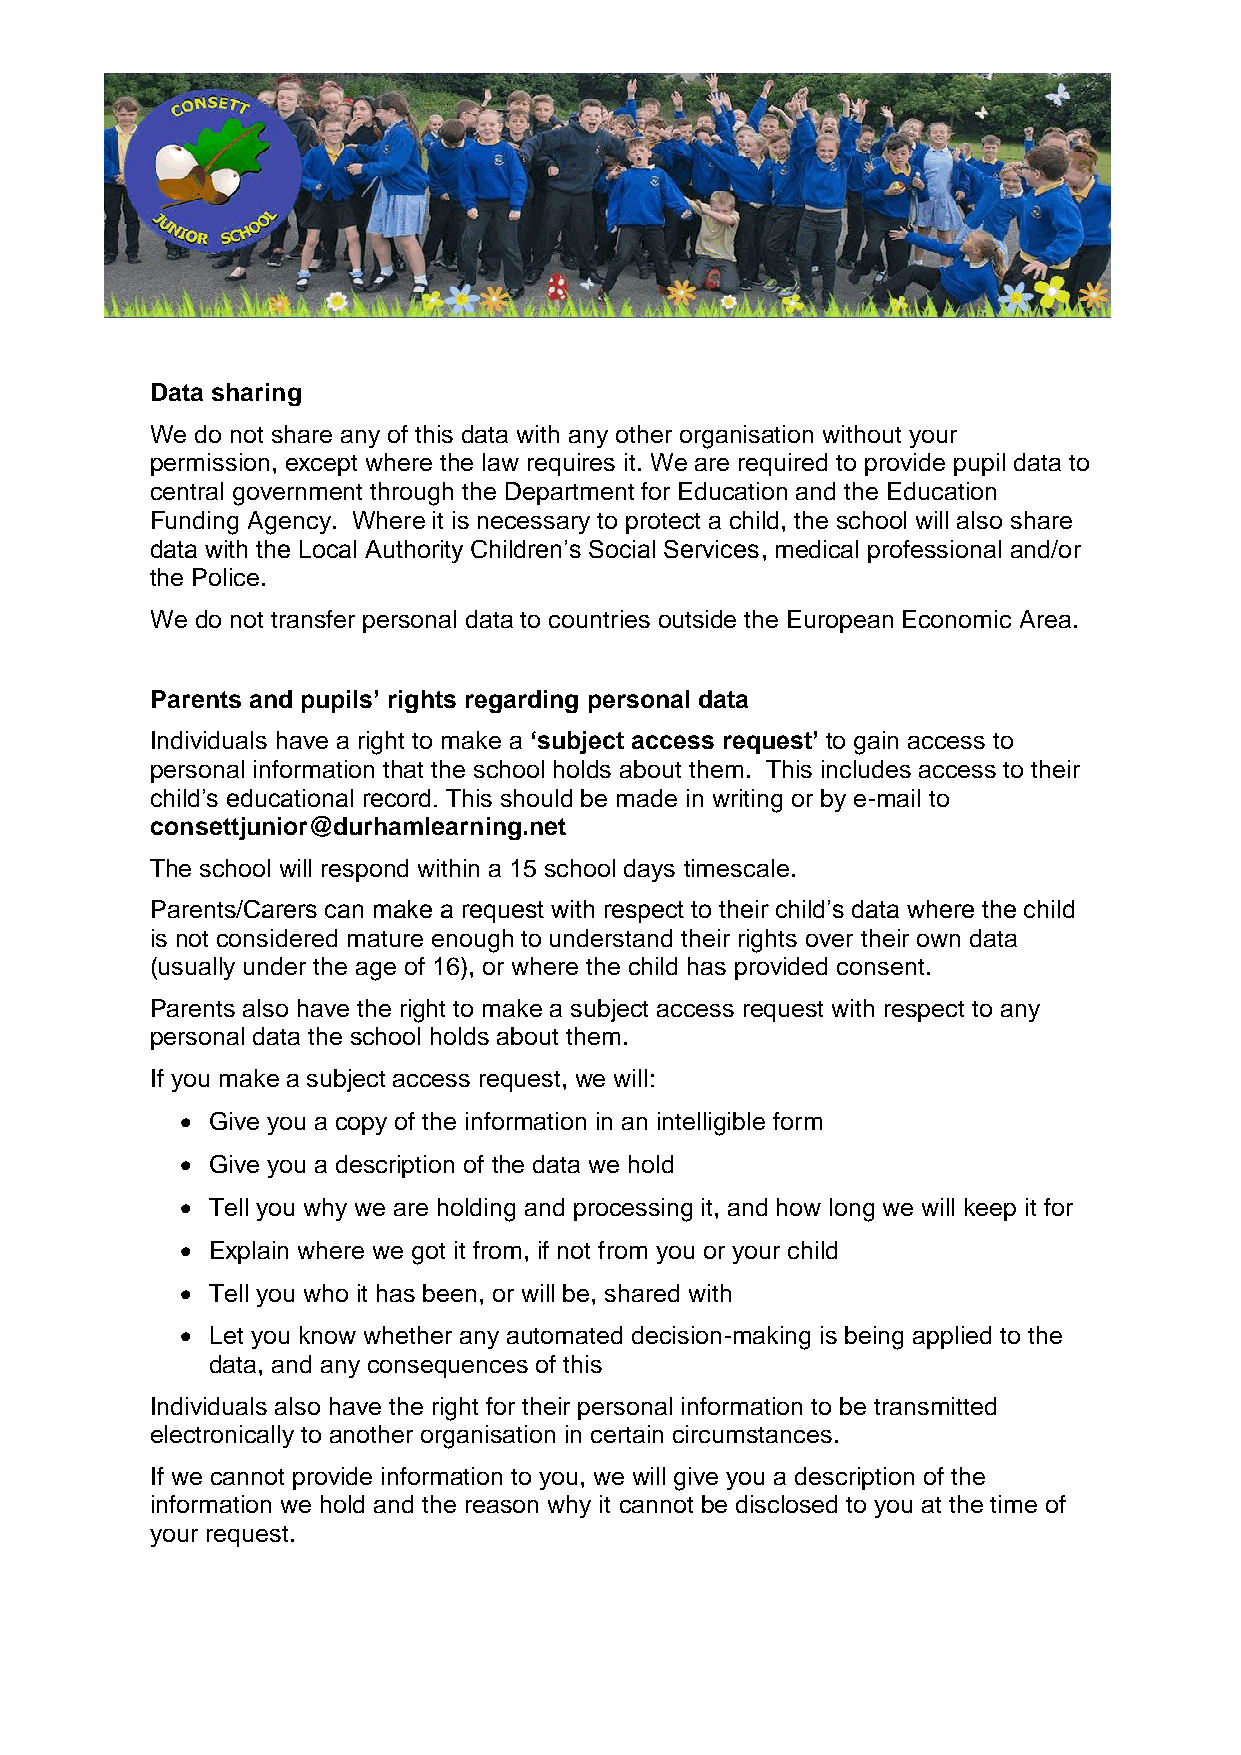
Data sharing
 We do not share any of this data with any other organisation without your
 permission, except where the law requires it. We are required to provide pupil data to
 central government through the Department for Education and the Education
 Funding Agency. Where it is necessary to protect a child, the school will also share
 data with the Local Authority Children’s Social Services, medical professional and/or
 the Police.
 We do not transfer personal data to countries outside the European Economic Area.
 Parents and pupils’ rights regarding personal data
 Individuals have a right to make a ‘subject access request’ to gain access to
 personal information that the school holds about them. This includes access to their
 child’s educational record. This should be made in writing or by e-mail to
 consettjunior@durhamlearning.net
 The school will respond within a 15 school days timescale.
 Parents/Carers can make a request with respect to their child’s data where the child
 is not considered mature enough to understand their rights over their own data
 (usually under the age of 16), or where the child has provided consent.
 Parents also have the right to make a subject access request with respect to any
 personal data the school holds about them.
 If you make a subject access request, we will:
  Give you a copy of the information in an intelligible form
  Give you a description of the data we hold
  Tell you why we are holding and processing it, and how long we will keep it for
  Explain where we got it from, if not from you or your child
  Tell you who it has been, or will be, shared with
  Let you know whether any automated decision-making is being applied to the
 data, and any consequences of this
 Individuals also have the right for their personal information to be transmitted
 electronically to another organisation in certain circumstances.
 If we cannot provide information to you, we will give you a description of the
 information we hold and the reason why it cannot be disclosed to you at the time of
 your request.